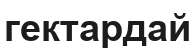
гектардай